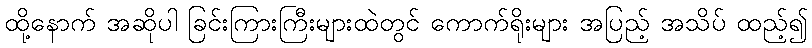
ထို့နောက် အဆိုပါ ခြင်းကြားကြီးများထဲတွင် ကောက်ရိုးများ အပြည့် အသိပ် ထည့်၍